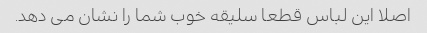
اصلا این لباس قطعا سلیقه خوب شما را نشان می دهد.